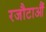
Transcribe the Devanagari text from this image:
रजौटाऔं